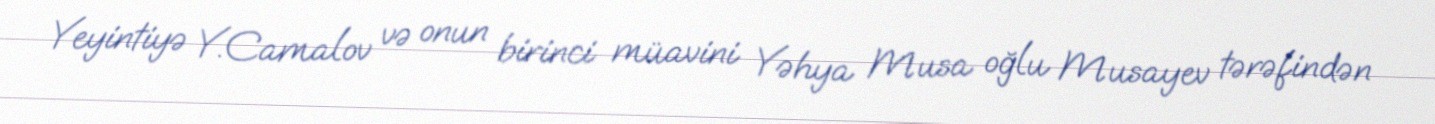
Yeyintiyə Y.Camalov və onun birinci müavini Yəhya Musa oğlu Musayev tərəfindən